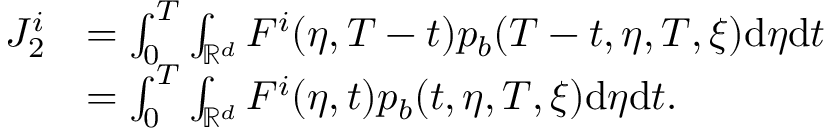
\begin{array} { r l } { J _ { 2 } ^ { i } } & { = \int _ { 0 } ^ { T } \int _ { \mathbb { R } ^ { d } } F ^ { i } ( \eta , T - t ) p _ { b } ( T - t , \eta , T , \xi ) \mathrm { d } \eta \mathrm { d } t } \\ & { = \int _ { 0 } ^ { T } \int _ { \mathbb { R } ^ { d } } F ^ { i } ( \eta , t ) p _ { b } ( t , \eta , T , \xi ) \mathrm { d } \eta \mathrm { d } t . } \end{array}